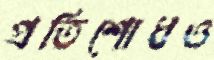
প্রতিশোধও